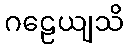
ဂဠေယျသိ